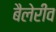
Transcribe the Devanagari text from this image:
बैलेरीव